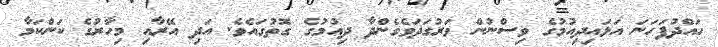
ހައްދުފަހަނަ އަޅައިދިއުމުގެ ވިސްނުން ވަރުގަދަވެގެންދާ ދިއުމުގެ ގޮތުގައެވެ. އަދި އޭރާއި މިހާރުގެ ކަންކަމާ